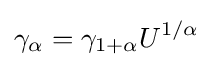
\gamma _{\alpha }=\gamma _{1+\alpha }U^{1/\alpha }